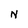
Character: N